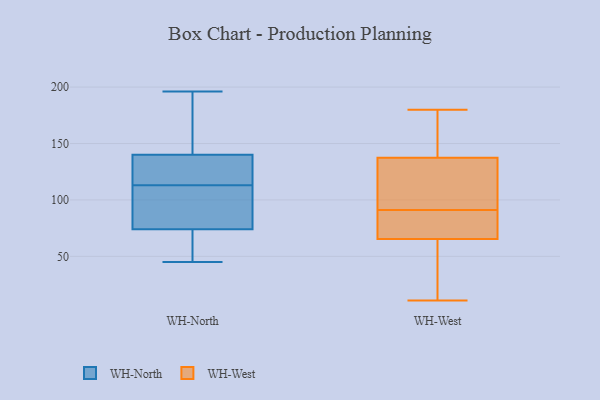
{"axis": {"x": "Population (Million)", "y": "Value"}, "legend": ["WH-North", "WH-West"], "data": [{"x": "", "y": 132, "type": "WH-North"}, {"x": "", "y": 74, "type": "WH-North"}, {"x": "", "y": 133, "type": "WH-North"}, {"x": "", "y": 94, "type": "WH-North"}, {"x": "", "y": 69, "type": "WH-North"}, {"x": "", "y": 78, "type": "WH-North"}, {"x": "", "y": 139, "type": "WH-North"}, {"x": "", "y": 55, "type": "WH-North"}, {"x": "", "y": 55, "type": "WH-North"}, {"x": "", "y": 142, "type": "WH-North"}, {"x": "", "y": 45, "type": "WH-North"}, {"x": "", "y": 138, "type": "WH-North"}, {"x": "", "y": 163, "type": "WH-North"}, {"x": "", "y": 85, "type": "WH-North"}, {"x": "", "y": 145, "type": "WH-North"}, {"x": "", "y": 196, "type": "WH-North"}, {"x": "", "y": 92, "type": "WH-North"}, {"x": "", "y": 140, "type": "WH-North"}, {"x": "", "y": 70, "type": "WH-West"}, {"x": "", "y": 50, "type": "WH-West"}, {"x": "", "y": 82, "type": "WH-West"}, {"x": "", "y": 146, "type": "WH-West"}, {"x": "", "y": 100, "type": "WH-West"}, {"x": "", "y": 64, "type": "WH-West"}, {"x": "", "y": 67, "type": "WH-West"}, {"x": "", "y": 52, "type": "WH-West"}, {"x": "", "y": 11, "type": "WH-West"}, {"x": "", "y": 155, "type": "WH-West"}, {"x": "", "y": 180, "type": "WH-West"}, {"x": "", "y": 113, "type": "WH-West"}, {"x": "", "y": 165, "type": "WH-West"}, {"x": "", "y": 72, "type": "WH-West"}, {"x": "", "y": 129, "type": "WH-West"}, {"x": "", "y": 116, "type": "WH-West"}, {"x": "", "y": 107, "type": "WH-West"}, {"x": "", "y": 157, "type": "WH-West"}, {"x": "", "y": 13, "type": "WH-West"}, {"x": "", "y": 76, "type": "WH-West"}]}